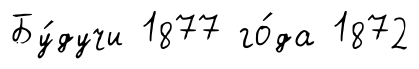
Бу́дучи 1877 го́да 1872